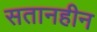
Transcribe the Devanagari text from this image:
सतानहीन